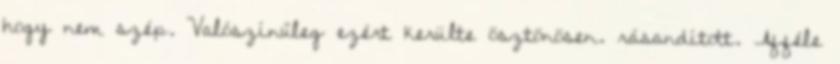
hogy nem szép. Valószínűleg ezért kerülte ösztönösen. rásandított. Afféle